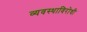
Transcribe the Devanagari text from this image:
व्यवस्थाविरोधी